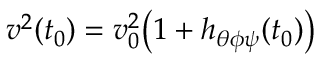
v ^ { 2 } ( t _ { 0 } ) = v _ { 0 } ^ { 2 } \bigl ( 1 + h _ { \theta \phi \psi } ( t _ { 0 } ) \bigr )